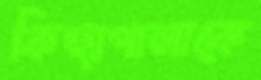
কিচ্ছাপালাকে